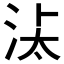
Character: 𱦌